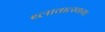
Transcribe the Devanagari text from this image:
ब्लावात्स्कया